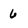
Character: 6